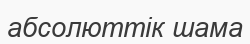
абсолюттік шама